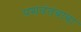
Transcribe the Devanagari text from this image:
यशवंतबाबा